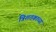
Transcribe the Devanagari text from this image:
त्रिशतकाच्या